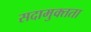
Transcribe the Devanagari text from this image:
सदामुक्तता